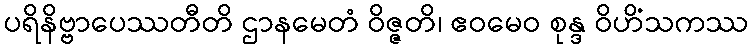
ပရိနိဗ္ဗာပေဿတီတိ ဌာနမေတံ ဝိဇ္ဇတိ၊ ဧဝမေဝ စုန္ဒ ဝိဟိံသကဿ